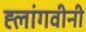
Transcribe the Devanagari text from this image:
ह्लांगवीनी